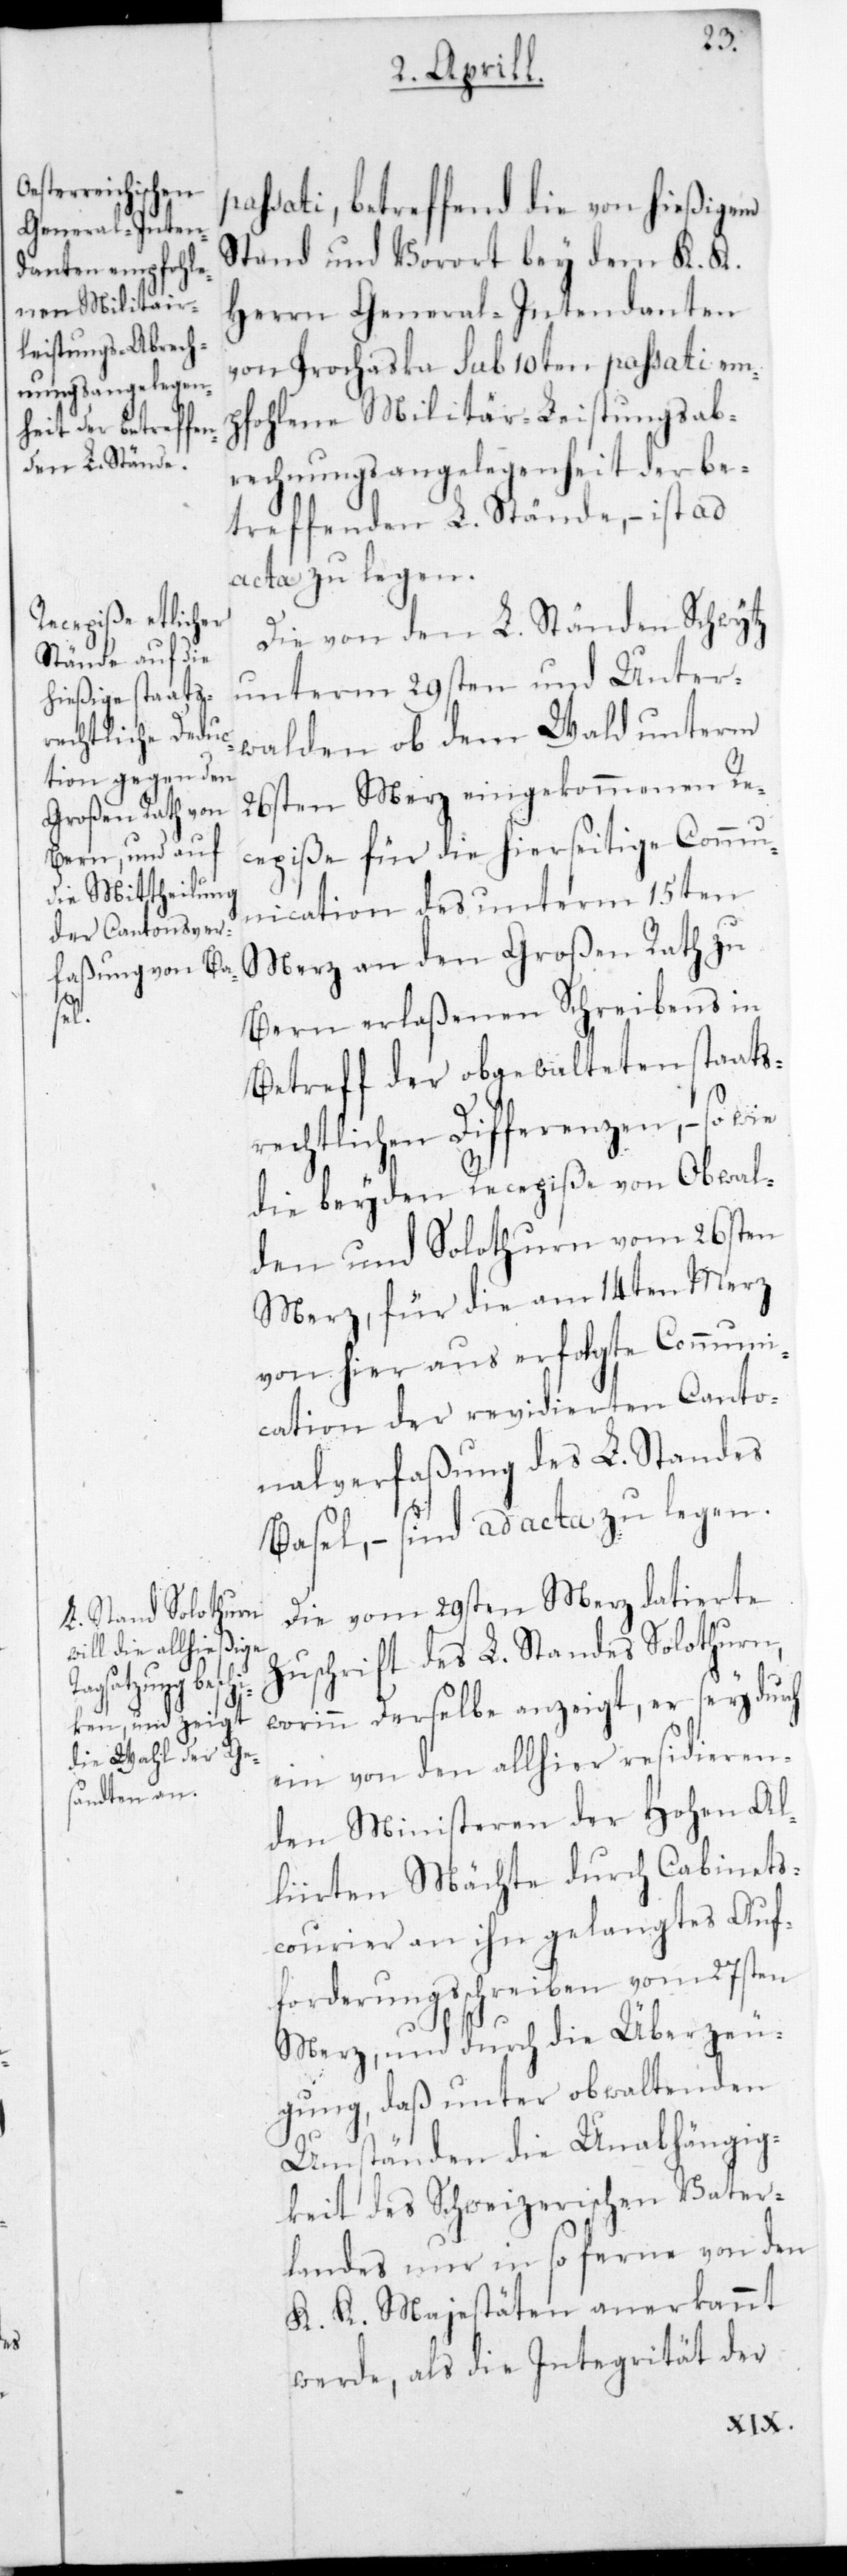
passati, betreffend die von hießigem
Stand und Vorort bey dem K. K.
Herrn General-Intendanten
von Prochaska sub 10ten passati em¬
pfohlene Militär-Leistungsab¬
rechnungsangelegenheit der be¬
treffenden L. Stände, ist ad
acta zu legen.
Die von den L. Ständen Schwytz
unterm 29sten und Unter¬
walden ob dem Wald unterm
26sten Merz eingekommenen Re¬
cepiße für die hierseitige Commu¬
nication des unterm 15ten
Merz an den Großen Rath zu
Bern erlaßenen Schreibens in
Betreff der obgewalteten staats¬
rechtlichen Differenzen, – so wie
die beyden Recepiße von Obwal¬
den und Solothurn vom 26sten
Merz, für die am 14ten Merz
von hier aus erfolgte Communi¬
cation der revidierten Canto¬
nalverfaßung des L. Standes
Basel, – sind ad acta zu legen.
Die vom 29sten Merz datierte
Zuschrift des L. Standes Solothurn,
worinn derselbe anzeigt, er sey durch
ein von den allhier residieren¬
den Ministeren der Hohen Al¬
liirten Mächte durch Cabinets¬
courier an ihn gelangtes Auf¬
forderungsschreiben vom 27sten
Merz und durch die Überzeu¬
gung , daß unter obwaltenden
Umständen die Unabhängig¬
keit der Schweizerischen Vater¬
landes nur insoferne von den
K. K. Majestäten anerkannt
werde, als die Integrität der